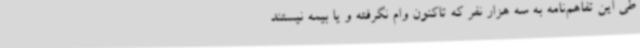
طی این تفاهم‌نامه به سه هزار نفر که تاکنون وام نگرفته و یا بیمه نیستند